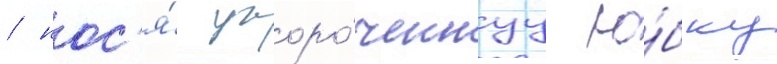
/ нос'я́ укоро́ченнуу ю́бку